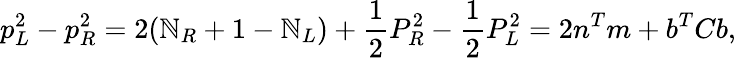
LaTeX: p_{L}^{2}-p_{R}^{2}=2(\mathbb{N}_{R}+1-\mathbb{N}_{L})+\frac{{1}}{{2}}P_{R}^{2}-\frac{{1}}{{2}}P_{L}^{2}=2n^{T}m+b^{T}Cb,